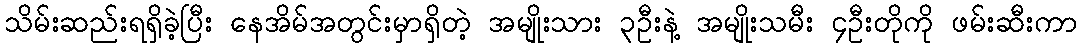
သိမ်းဆည်းရရှိခဲ့ပြီး နေအိမ်အတွင်းမှာရှိတဲ့ အမျိုးသား ၃ဦးနဲ့ အမျိုးသမီး ၄ဦးတိုကို ဖမ်းဆီးကာ